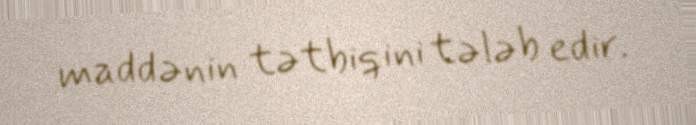
maddənin tətbiqini tələb edir.